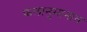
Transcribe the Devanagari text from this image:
फलानुमानात